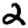
Digit: 2